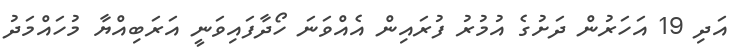
އަދި 19 އަހަރުން ދަށުގެ އުމުރު ފުރައިން އެއްވަނަ ހޯދާފައިވަނީ އަރަބިއްޔާ މުހައްމަދު